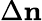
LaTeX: \Delta{\mathbf n}